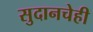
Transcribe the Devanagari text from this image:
सुदानचेही